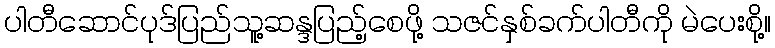
ပါတီဆောင်ပုဒ်ပြည်သူ့ဆန္ဒပြည့်စေဖို့ သဇင်နှစ်ခက်ပါတီကို မဲပေးစို့။